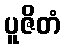
ပူဇိတံ